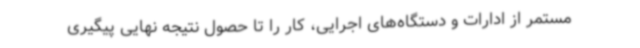
مستمر از ادارات و دستگاه‌های اجرایی، کار را تا حصول نتیجه نهایی پیگیری